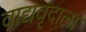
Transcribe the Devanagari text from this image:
वाद्यवृंदाला